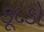
કૂદકો